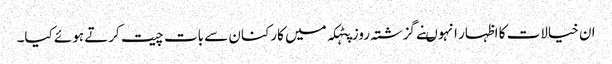
ان خیالات کا اظہار انہوںنے گزشتہ روز پٹہکہ میں کارکنان سے بات چیت کرتے ہوئے کیا۔